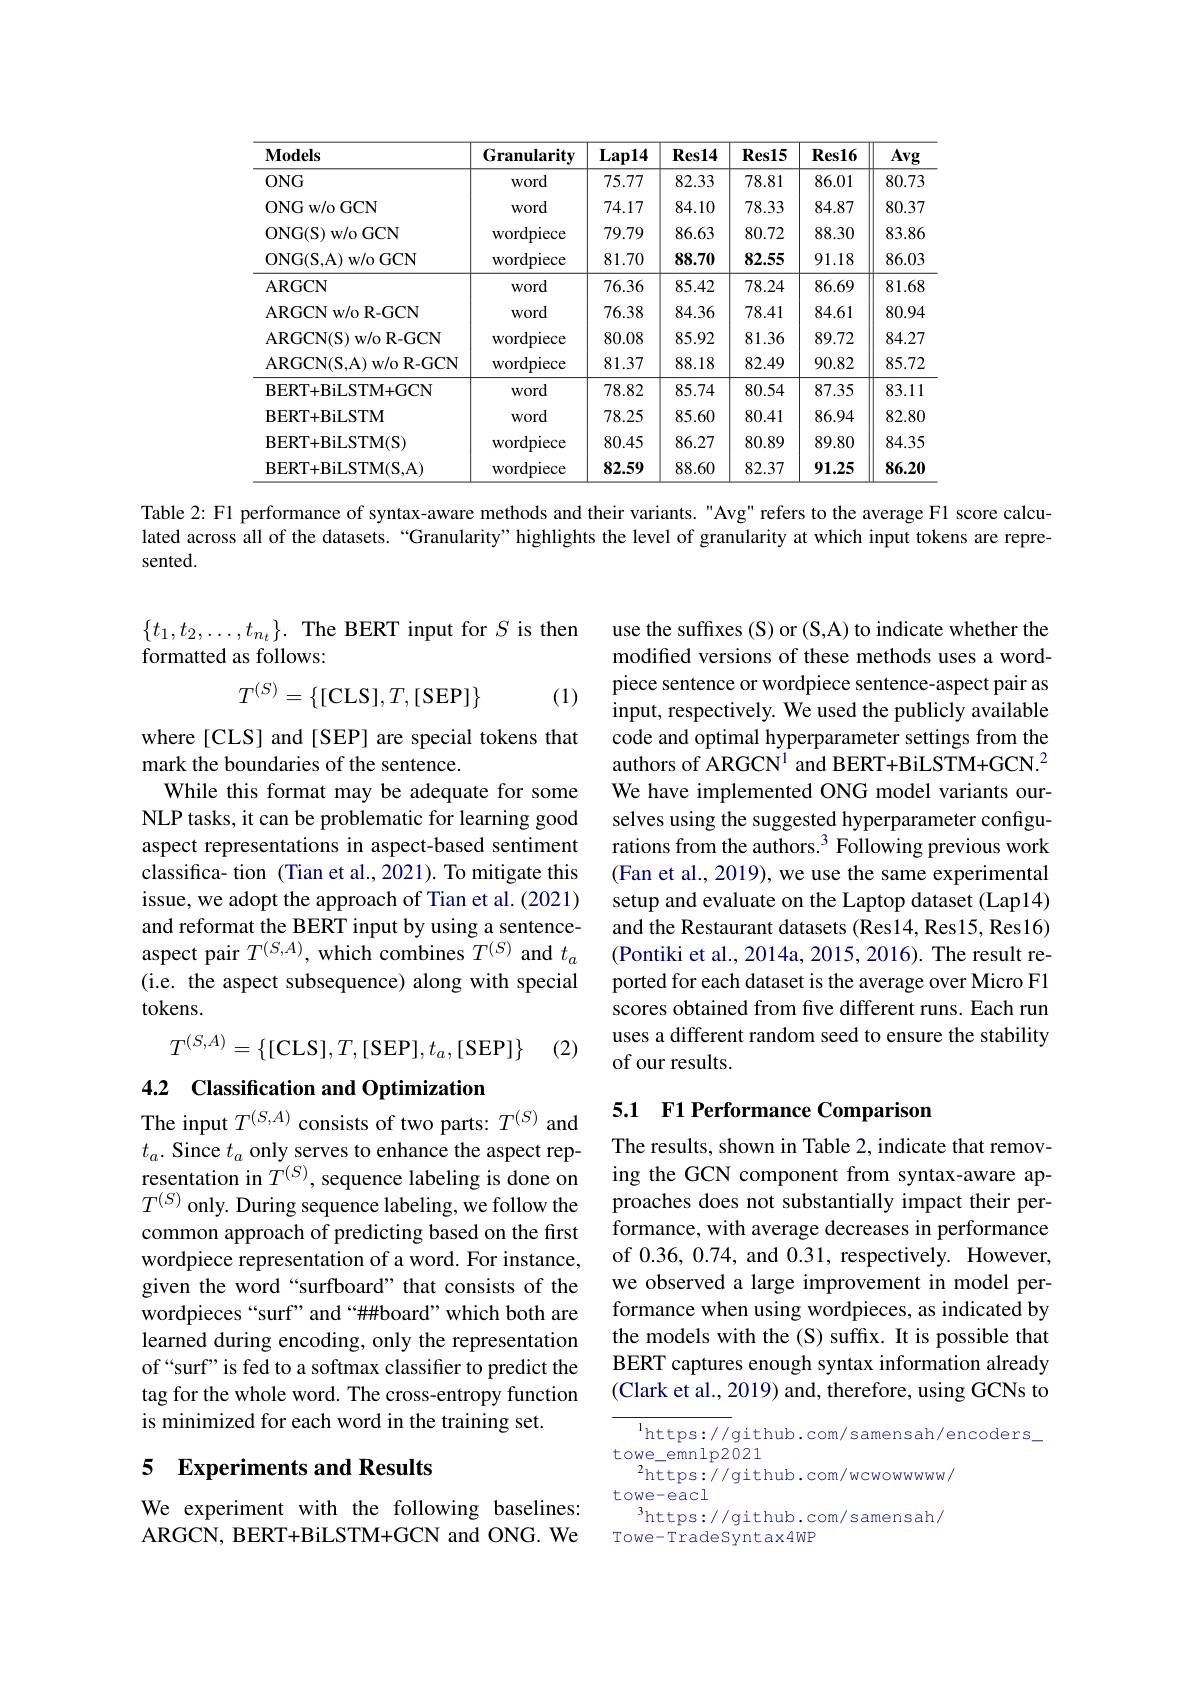
<table>
	<tbody>
		<tr>
			<th>$\mathbf{Models}$</th>
			<th>Granularity</th>
			<th>$Lap14$</th>
			<th>$\mathbf{Res14}$</th>
			<th>$\mathbf{Res15}$</th>
			<th>$\mathbf{Res16}$</th>
			<th>Avg</th>
		</tr>
		<tr>
			<td>$ONG$</td>
			<td>word</td>
			<td>75.77</td>
			<td>82.33</td>
			<td>78.81</td>
			<td>86.01</td>
			<td>80.73</td>
		</tr>
		<tr>
			<td>ONGw/ o GCN</td>
			<td>word</td>
			<td>74.17</td>
			<td>84.10</td>
			<td>78.33</td>
			<td>84.87</td>
			<td>80.37</td>
		</tr>
		<tr>
			<td>ONG( S) w/ o GCN</td>
			<td>${\mathrm{wordpiece}}$</td>
			<td>79.79</td>
			<td>86.63</td>
			<td>80.72</td>
			<td>88.30</td>
			<td>$83.8\epsilon$</td>
		</tr>
		<tr>
			<td>ONG( S, A) w/ o GCN</td>
			<td>wordpiece</td>
			<td>81.70</td>
			<td>88.70</td>
			<td>82.55</td>
			<td>91.18</td>
			<td>86.03</td>
		</tr>
		<tr>
			<td>ARGCN</td>
			<td>word</td>
			<td>76.36</td>
			<td>85.42</td>
			<td>78.24</td>
			<td>86.69</td>
			<td>81.68</td>
		</tr>
		<tr>
			<td>ARGCNw/ oR- GCN</td>
			<td>word</td>
			<td>76.38</td>
			<td>84.36</td>
			<td>78.41</td>
			<td>84.61</td>
			<td>80.94</td>
		</tr>
		<tr>
			<td>ARGCN( S) w/ oR- GCN</td>
			<td>${\mathrm{wordpiece}}$</td>
			<td>80.08</td>
			<td>85.92</td>
			<td>81.36</td>
			<td>89.72</td>
			<td>84.27</td>
		</tr>
		<tr>
			<td>ARGCN( S, A) w/ o R- GCN</td>
			<td>wordpiece</td>
			<td>81.37</td>
			<td>88.18</td>
			<td>82.49</td>
			<td>90.82</td>
			<td>85.72</td>
		</tr>
		<tr>
			<td>BERT+BiLSTM+GCN</td>
			<td>word</td>
			<td>78.82</td>
			<td>85.74</td>
			<td>80.54</td>
			<td>87.35</td>
			<td>83.11</td>
		</tr>
		<tr>
			<td>$\mathbf{BERT+BiLSTM}$</td>
			<td>word</td>
			<td>78.25</td>
			<td>85.60</td>
			<td>80.41</td>
			<td>86.94</td>
			<td>82.8C</td>
		</tr>
		<tr>
			<td>BERT+ BiLSTM( S) </td>
			<td>${\mathrm{wordpiece}}$</td>
			<td>80.45</td>
			<td>86.27</td>
			<td>80.89</td>
			<td>89.80</td>
			<td>84.35</td>
		</tr>
		<tr>
			<td>BERT+ BiLSTM( S, A) </td>
			<td>wordpiece</td>
			<td>82.59</td>
			<td>88.60</td>
			<td>82.37</td>
			<td>91.25</td>
			<td>86.20</td>
		</tr>
	</tbody>
</table>

Table 2: F1 performance of syntax-aware methods and their variants. "Avg" refers to the average Fl score calculated across all of the datasets.“Granularity” highlights the level of granularity at which input tokens are represented.

$\{t_1,t_2,\ldots,t_{n_t}\}.$ The BERT input for $S$ is then
formatted as follows:

(1)
$$T^{(S)}=\{[\text{CLS}],T,[\text{SEP}]\}$$
where [CLS] and [SEP] are special tokens that
mark the boundaries of the sentence.
While this format may be adequate for some NLP tasks, it can be problematic for learning good aspect representations in aspect-based sentiment classifica- tion (Tian et al., 2021). To mitigate this issue, we adopt the approach of Tian et al. (2021) and reformat the BERT input by using a sentenceaspect pair $T^{(S,A)}$, which combines $T^{(S)}$ and $t_a$ (i.e. the aspect subsequence) along with special tokens.
$$T^{(S,A)}=\{[\mathrm{CLS}],T,[\mathrm{SEP}],t_a,[\mathrm{SEP}]\}$$
(2)

4.2 Classification and Optimization

The input $T^{(S,A)}$ consists of two parts: $T^{(S)}$ and $t_a.$ Since $t_a$ only serves to enhance the aspect representation in $\dot{T^{(S)}}$, sequence labeling is done on $T^{(S)}$ only. During sequence labeling, we follow the common approach of predicting based on the first wordpiece representation of a word. For instance, given the word “surfboard”that consists of the wordpieces“surf”and“##board”which both are learned during encoding, only the representation of“surf”is fed to a softmax classifier to predict the tag for the whole word. The cross-entropy function is minimized for each word in the training set.

### 5 Experiments and Results

We experiment with the following baselines: ARGCN, BERT+BiLSTM+GCN and ONG. We

use the suffixes (S) or (S,A) to indicate whether the modifed versions of these methods uses a wordpiece sentence or wordpiece sentence-aspect pair as input, respectively. We used the publicly available code and optimal hyperparameter settings from the authors of ARGCN$^1$ and BERT+BiLSTM+GCN.$^2$ We have implemented ONG model variants ourselves using the suggested hyperparameter configurations from the authors.$^3$ Following previous work (Fan et al., 2019), we use the same experimental setup and evaluate on the Laptop dataset (Lap14) and the Restaurant datasets (Res14, Res15, Res16) (Pontiki et al., 2014a, 2015, 2016). The result reported for each dataset is the average over Micro F1 scores obtained from five different runs. Each run uses a different random seed to ensure the stability of our results.

### 5.1 F1 Performance Comparison

The results, shown in Table 2, indicate that removing the GCN component from syntax-aware approaches does not substantially impact their performance, with average decreases in performance of 0.36,0.74, and 0.31, respectively. However, we observed a large improvement in model performance when using wordpieces, as indicated by the models with the (S) suffix. It is possible that BERT captures enough syntax information already (Clark et al., 2019) and, therefore, using GCNs to

${^{1}\mathrm{https://github.com/samensah/encoders}}_{}$
towe\_emnlp2021
$^{2}$https://github.com/wcwowwww/
towe-eacl
$^3$https://github.com/samensah/
Towe-TradeSyntax4WP